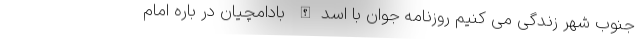
جنوب شهر زندگی می کنیم روزنامه جوان با اسدالله بادامچیان در باره امام